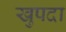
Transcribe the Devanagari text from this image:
खुपदा